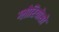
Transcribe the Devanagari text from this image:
ग्लोरियोसो